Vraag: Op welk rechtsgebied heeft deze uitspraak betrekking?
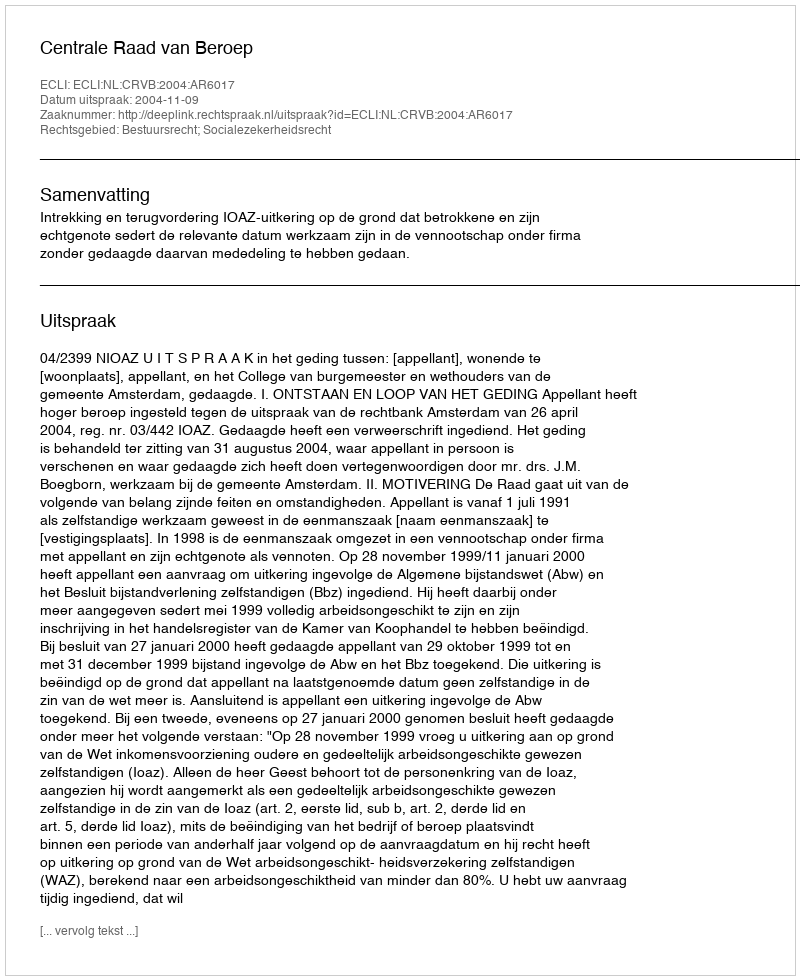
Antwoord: Bestuursrecht; Socialezekerheidsrecht